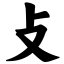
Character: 攴